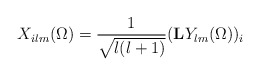
\begin{align*}X_{ilm}(\Omega) = \frac{1}{\sqrt{l(l+1)}} ({\rm{\bf L}}Y_{lm}(\Omega))_i\end{align*}